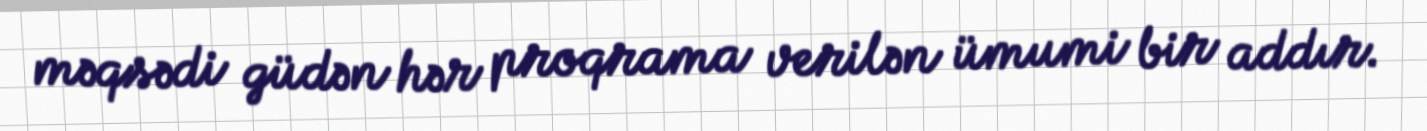
məqsədi güdən hər proqrama verilən ümumi bir addır.